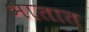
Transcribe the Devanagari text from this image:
भातात